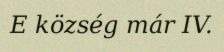
E község már IV.